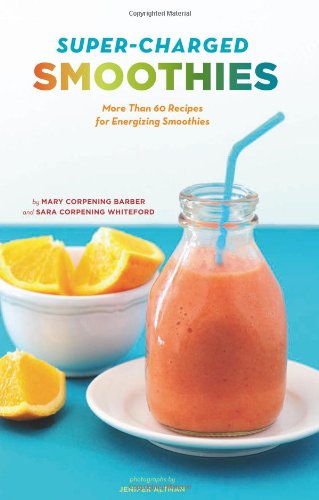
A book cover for Super-Charged Smoothies; Sara Corpening Whiteford; Cookbooks, Food & Wine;